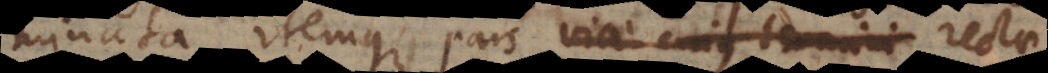
minata, itemque pars viae cujus termini rectae